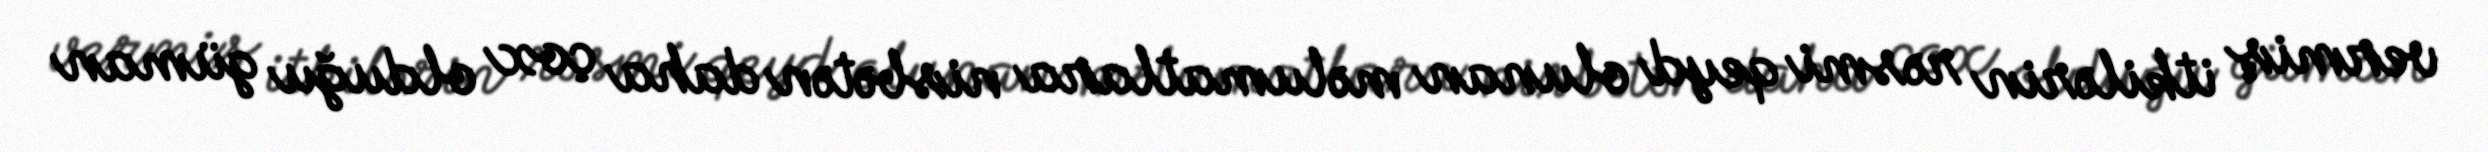
vermiş itkilərin rəsmi qeyd olunan məlumatlara nisbətən daha çox olduğu güman